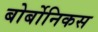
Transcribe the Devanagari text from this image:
बोर्बोनिकस